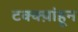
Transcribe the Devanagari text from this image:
टक्क्य़ांहून